Report of the Indian Hemp Drugs Commission, 1894-1895 - Volume I
Year: 1894
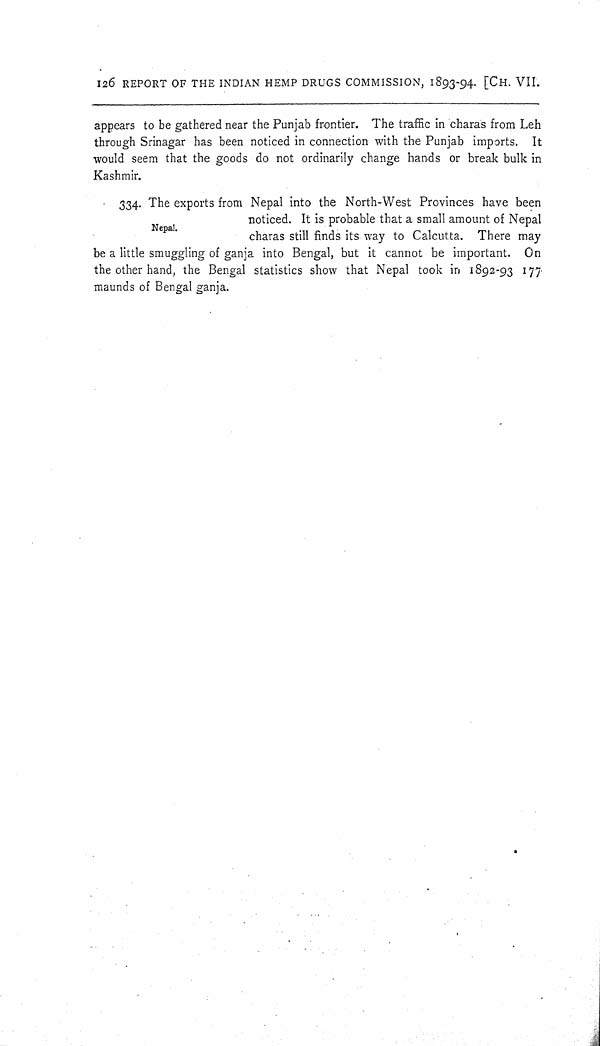
126 REPORT OF THE INDIAN HEMP DRUGS COMMISSION, 1893-94. [CH. VII.
appears to be gathered near the Punjab frontier. The traffic in charas from Leh
through Srinagar has been noticed in connection with the Punjab imports. It
would seem that the goods do not ordinarily change hands or break bulk in
Kashmir.
Nepal.
334. The exports from Nepal into the North-West Provinces have been
noticed. It is probable that a small amount of Nepal
charas still finds its way to Calcutta. There may
be a little smuggling of ganja into Bengal, but it cannot be important. On
the other hand, the Bengal statistics show that Nepal took in 1892-93 177
maunds of Bengal ganja.